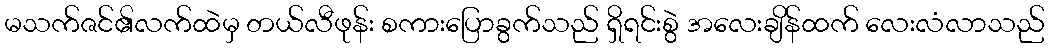
မသက်ဇင်၏လက်ထဲမှ တယ်လီဖုန်း စကားပြောခွက်သည် ရှိရင်းစွဲ အလေးချိန်ထက် လေးလံလာသည်